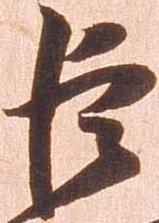
巨